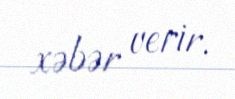
xəbər verir.